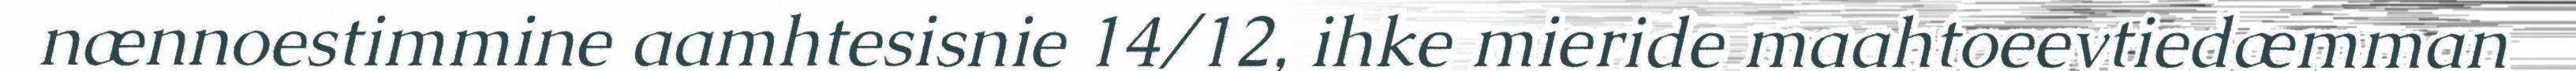
nænnoestimmine aamhtesisnie 14/12, ihke mieride maahtoeevtiedæmman